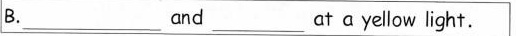
B. ___and ___ at a yellow light.